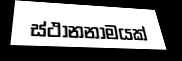
ස්ථානනාමයක්